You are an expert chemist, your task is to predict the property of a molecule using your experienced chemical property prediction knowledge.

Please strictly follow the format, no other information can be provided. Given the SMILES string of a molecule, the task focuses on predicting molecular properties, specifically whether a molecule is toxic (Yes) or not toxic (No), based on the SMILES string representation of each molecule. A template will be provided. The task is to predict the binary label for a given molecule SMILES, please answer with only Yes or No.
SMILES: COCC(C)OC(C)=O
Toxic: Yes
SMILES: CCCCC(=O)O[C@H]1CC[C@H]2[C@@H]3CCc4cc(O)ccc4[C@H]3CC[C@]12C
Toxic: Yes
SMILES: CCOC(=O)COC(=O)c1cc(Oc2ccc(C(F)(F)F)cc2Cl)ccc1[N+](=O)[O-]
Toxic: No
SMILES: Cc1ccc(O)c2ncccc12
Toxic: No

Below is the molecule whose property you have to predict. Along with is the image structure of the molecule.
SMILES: CN(C)CCC[C@@]1(c2ccc(F)cc2)OCc2cc(C#N)ccc21
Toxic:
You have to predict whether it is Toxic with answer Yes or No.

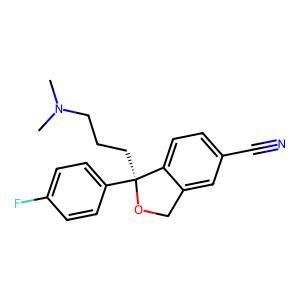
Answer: No